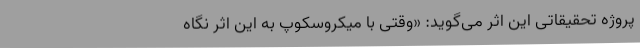
پروژه تحقیقاتی این اثر می‌گوید: «وقتی با میکروسکوپ به این اثر نگاه